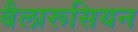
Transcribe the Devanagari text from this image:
बैलारूसियन